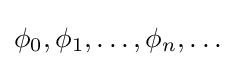
\phi _{0},\phi _{1},\ldots ,\phi _{n},\ldots